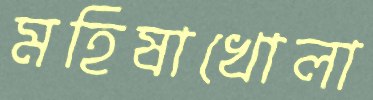
মহিষাখোলা